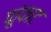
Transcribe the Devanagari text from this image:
फुंफाट